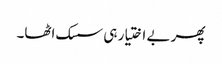
پھر بے اختیار ہی سسک اٹھا۔